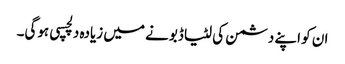
ان کو اپنے دشمن کی لٹیا ڈبونے میں زیادہ دلچسپی ہوگی۔